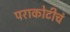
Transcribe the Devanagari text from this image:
पराकोटीचं